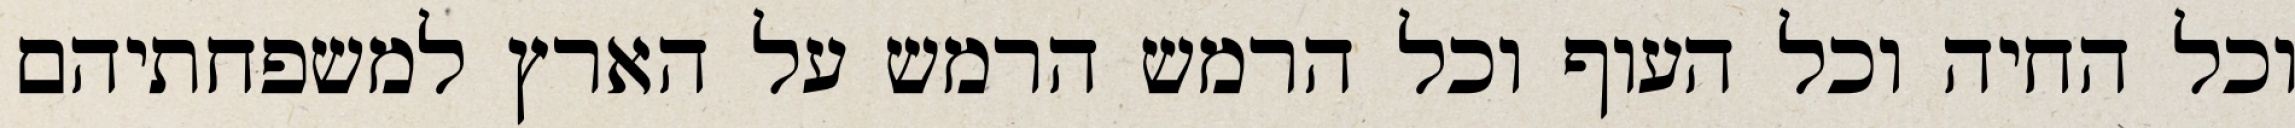
וכל החיה וכל העוף וכל הרמש הרמש על הארץ למשפחתיהם